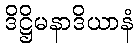
ဒိဋ္ဌိမနာဒိယာနံ